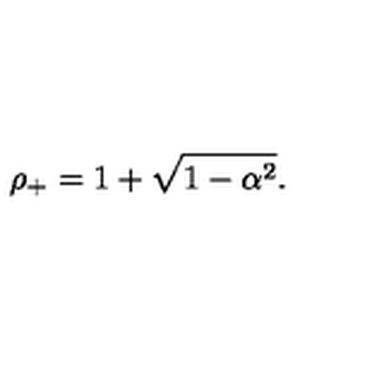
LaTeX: \rho _ { + } = 1 + \sqrt { 1 - \alpha ^ { 2 } } .